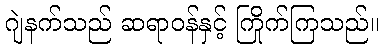
ဂျဲနက်သည် ဆရာဝန်နှင့် ကြိုက်ကြသည်။